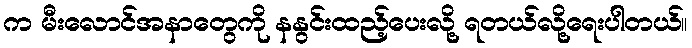
က မီးလောင်အနာတွေကို နနွင်းထည့်ပေးလို့ ရတယ်လို့ရေးပါတယ်။